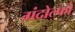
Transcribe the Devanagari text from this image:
गंदोल्फो